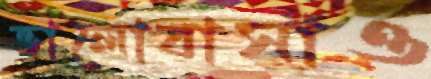
ভালোবাসাও